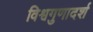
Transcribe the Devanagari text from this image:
विश्वगुणादर्श